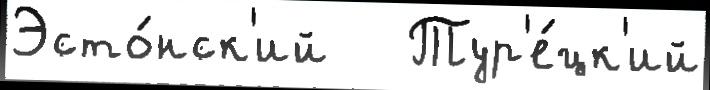
Эсто́нск'ий   Тур'е́цк'ий